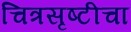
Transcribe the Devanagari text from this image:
चित्रसृष्टीचा